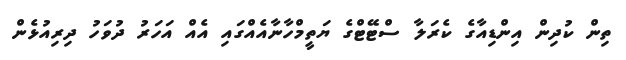
ތިން ކުދިން އިންޑިއާގެ ކެރަލާ ސްޓޭޓްގެ ޔަތީމްހާނާއެއްގައި އެއް އަހަރު ދުވަހު ދިރިއުޅެން